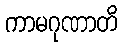
ကာမဂုဏာတိ